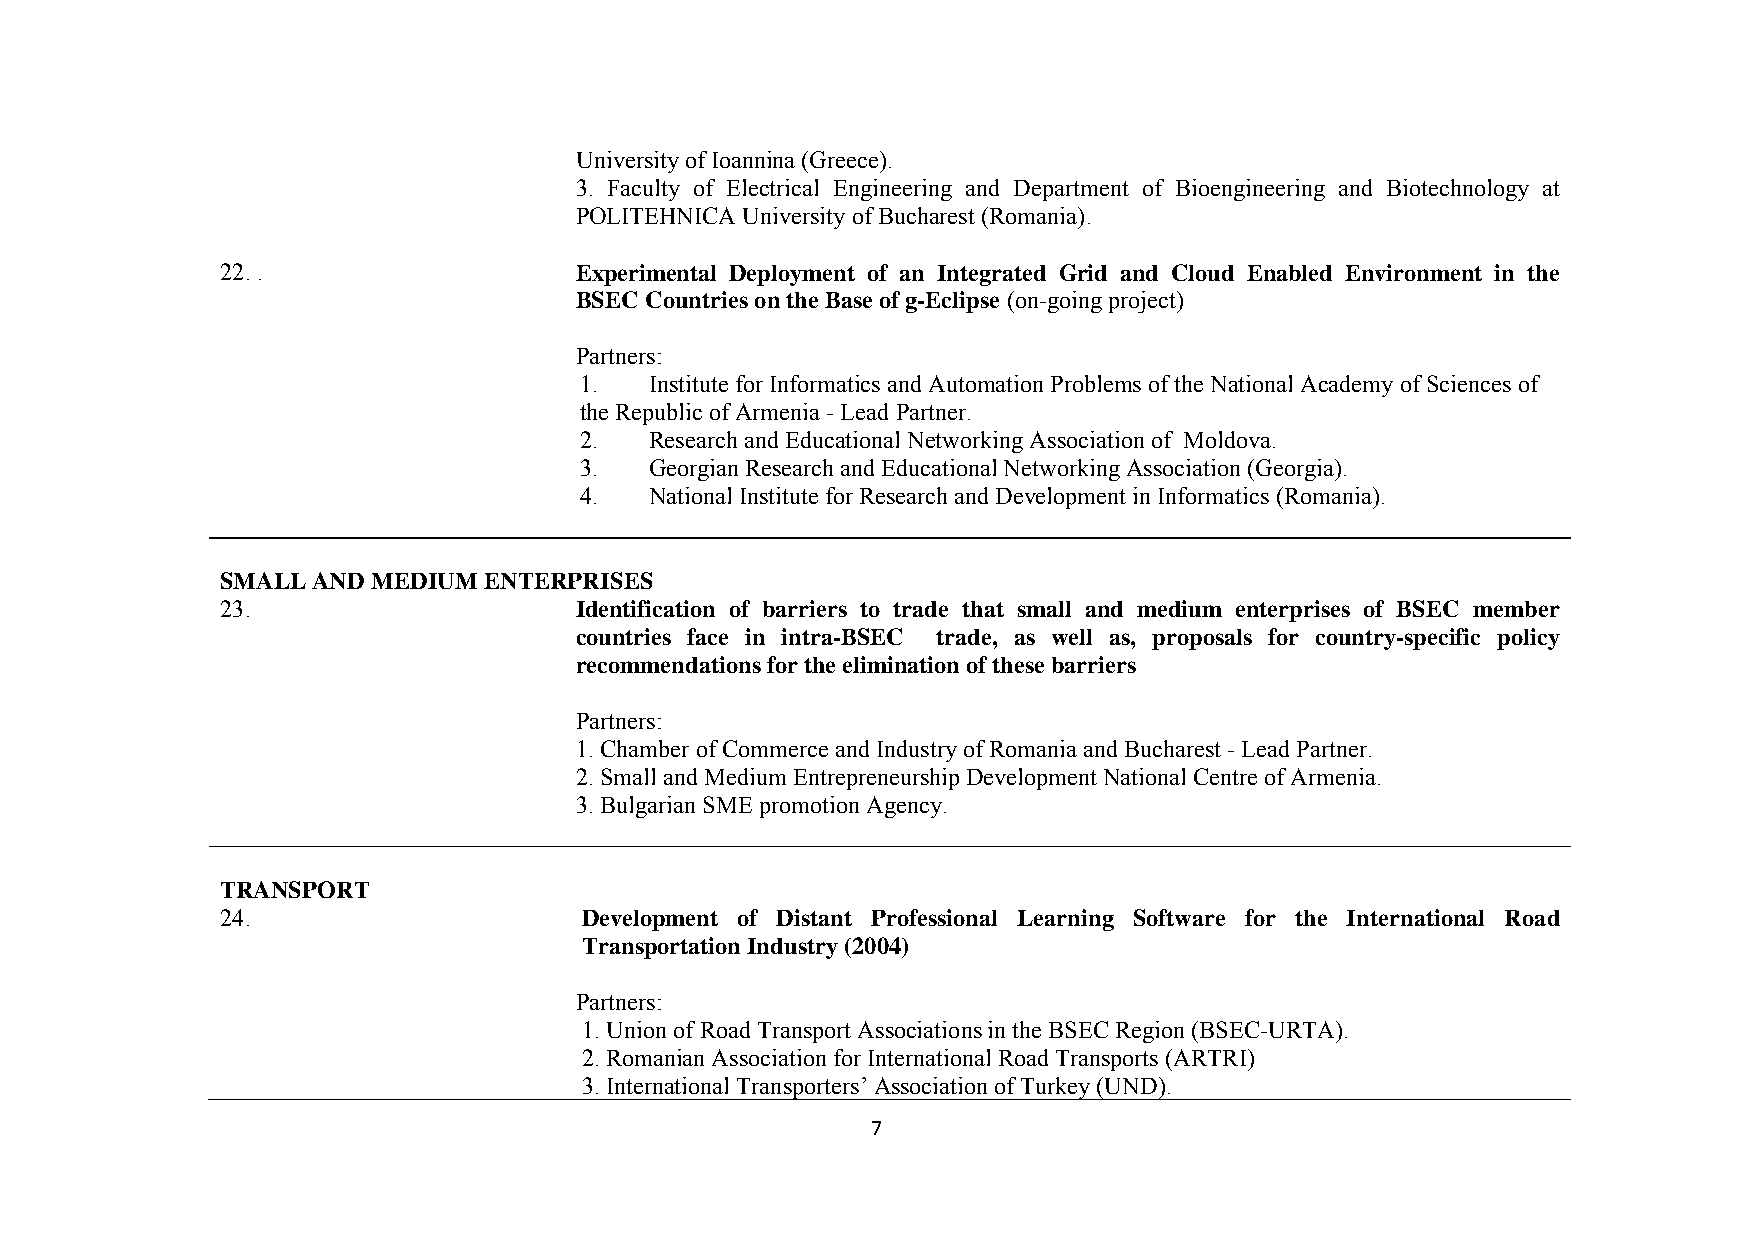
University of Ioannina (Greece).
 3. Faculty of Electrical Engineering and Department of Bioengineering and Biotechnology at
 POLITEHNICA University of Bucharest (Romania).
 22. .                  Experimental Deployment of an Integrated Grid and Cloud Enabled Environment in the
 BSEC Countries on the Base of g-Eclipse (on-going project)
 Partners:
 1.   Institute for Informatics and Automation Problems of the National Academy of Sciences of
 the Republic of Armenia - Lead Partner.
 2.   Research and Educational Networking Association of Moldova.
 3.   Georgian Research and Educational Networking Association (Georgia).
 4.   National Institute for Research and Development in Informatics (Romania).
 SMALL AND MEDIUM ENTERPRISES
 23.                    Identification of barriers to trade that small and medium enterprises of BSEC member
 countries face in intra-BSEC trade, as well as, proposals for country-specific policy
 recommendations for the elimination of these barriers
 Partners:
 1. Chamber of Commerce and Industry of Romania and Bucharest - Lead Partner.
 2. Small and Medium Entrepreneurship Development National Centre of Armenia.
 3. Bulgarian SME promotion Agency.
 TRANSPORT
 24.                     Development of Distant Professional Learning Software for the International Road
 Transportation Industry (2004)
 Partners:
 1. Union of Road Transport Associations in the BSEC Region (BSEC-URTA).
 2. Romanian Association for International Road Transports (ARTRI)
 3. International Transporters’ Association of Turkey (UND).
 7